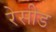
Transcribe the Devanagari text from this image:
रेसीड